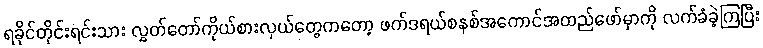
ရခိုင်တိုင်းရင်းသား လွှတ်တော်ကိုယ်စားလှယ်တွေကတော့ ဖက်ဒရယ်စနစ်အကောင်အထည်ဖော်မှာကို လက်ခံခဲ့ကြပြီး